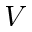
V